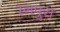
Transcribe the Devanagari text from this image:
रनपुरा